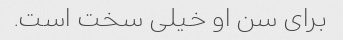
برای سن او خیلی سخت است.